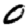
Digit: 0